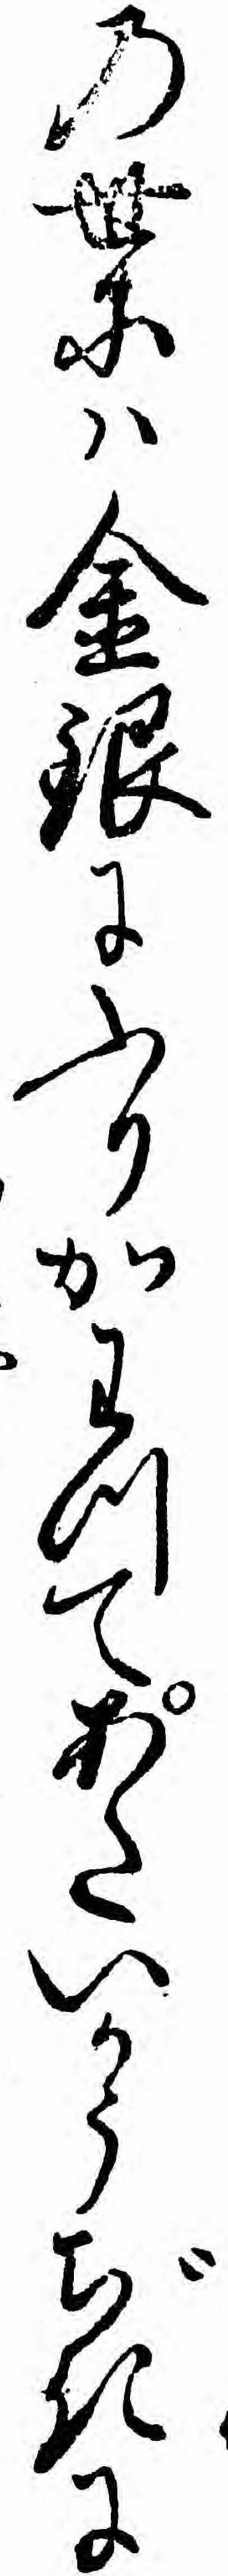
の世にハ金銀にふりかわつてあたいかうぢきに